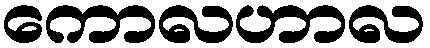
ကောလဟာလ